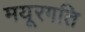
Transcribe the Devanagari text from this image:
मयूरगति